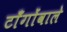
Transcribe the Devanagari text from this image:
टाँगोंवाले